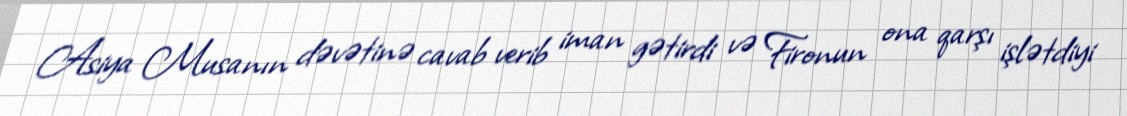
Asiya Musanın dəvətinə cavab verib iman gətirdi və Fironun ona qarşı işlətdiyi